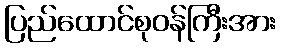
ပြည်ထောင်စုဝန်ကြီးအား